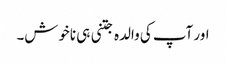
اور آپ کی والدہ جتنی ہی ناخوش۔